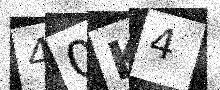
Text: 40K4